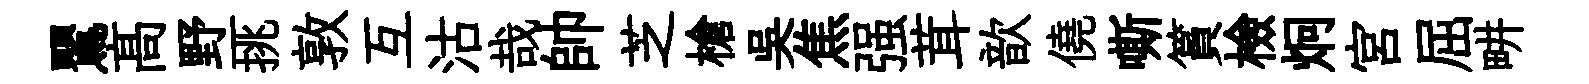
鸎髙野一挑敦互沽哉帥芝槍吴焦强茸歆僥嘶篔檢炯宫屈畊